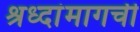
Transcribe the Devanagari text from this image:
श्रध्दांमागची